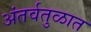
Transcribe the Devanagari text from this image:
अंतर्वतुळात